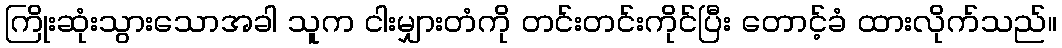
ကြိုးဆုံးသွားသောအခါ သူက ငါးမျှားတံကို တင်းတင်းကိုင်ပြီး တောင့်ခံ ထားလိုက်သည်။